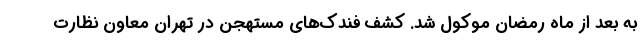
به بعد از ماه رمضان موکول شد. کشف فندک‌های مستهجن در تهران معاون نظارت